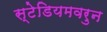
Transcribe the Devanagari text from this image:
स्टेडियमवरुन